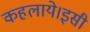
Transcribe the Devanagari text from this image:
कहलाये।इसी